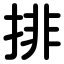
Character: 排